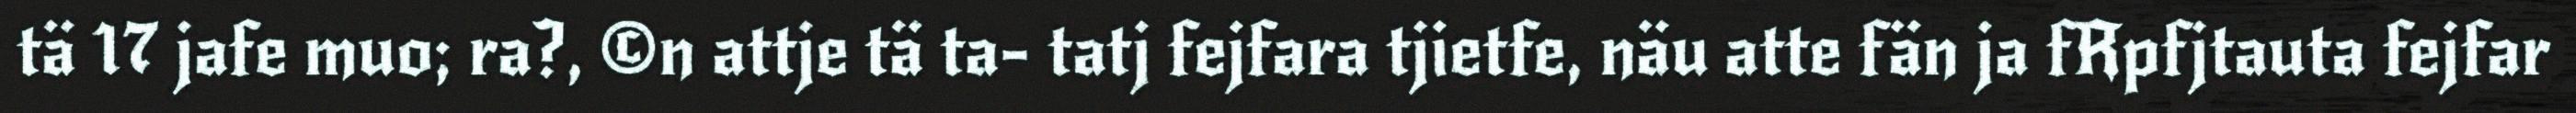
tä 17 jafe muo; ra?, ©n attje tä ta- tatj fejfara tjietfe, näu atte fän ja fRpfjtauta fejfar